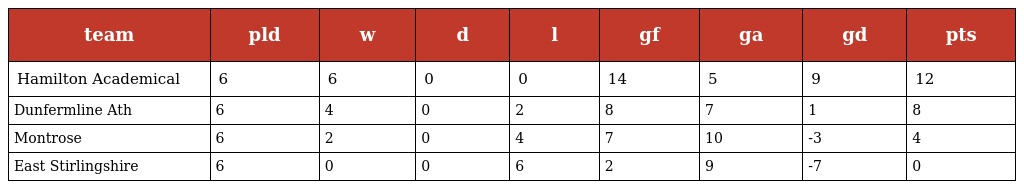
| team | pld | w | d | l | gf | ga | gd | pts |
 | --- | --- | --- | --- | --- | --- | --- | --- | --- |
 | Hamilton Academical | 6 | 6 | 0 | 0 | 14 | 5 | 9 | 12 |
 | Dunfermline Ath | 6 | 4 | 0 | 2 | 8 | 7 | 1 | 8 |
 | Montrose | 6 | 2 | 0 | 4 | 7 | 10 | -3 | 4 |
 | East Stirlingshire | 6 | 0 | 0 | 6 | 2 | 9 | -7 | 0 |